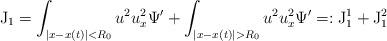
LaTeX: \begin{align*}\mathrm{J}_1=\int_{\vert x-x(t)\vert<R_0} u^2u_x^2\Psi'+\int_{\vert x-x(t)\vert>R_0} u^2u_x^2\Psi'=:\mathrm{J}_1^1+\mathrm{J}_1^2\end{align*}